Indian journal of veterinary science and animal husbandry - Volume 2,
Year: 1932
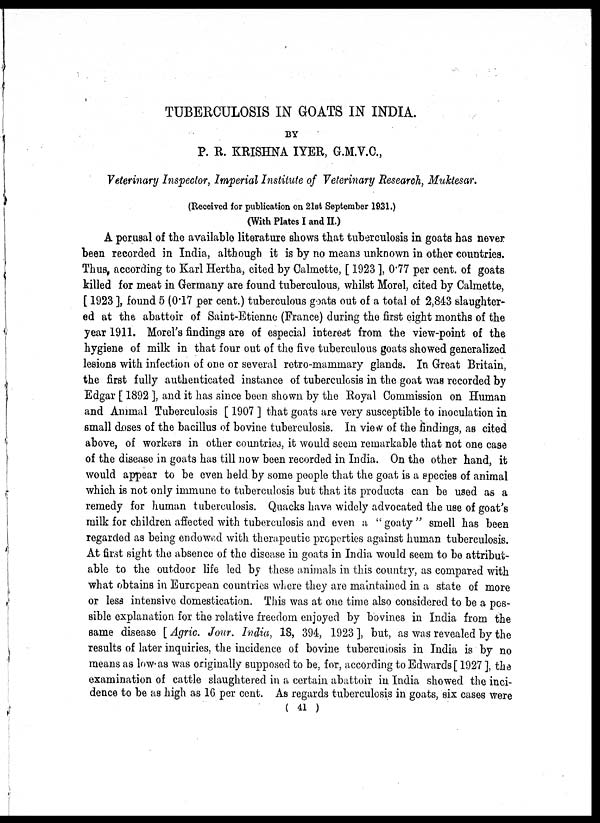
TUBERCULOSIS IN GOATS IN INDIA.
BY
P. R. KRISHNA IYER, G.M.V.C.,
Veterinary Inspector, Imperial Institute of Veterinary Research, Muktesar.
(Received for publication on 21st September 1931.)
(With Plates I and II.)
A perusal of the available literature shows that tuberculosis in goats has never
been recorded in India, although it is by no means unknown in other countries.
Thus, according to Karl Hertha, cited by Calmette, [ 1923 ], 0.77 per cent. of goats
killed for meat in Germany are found tuberculous, whilst Morel, cited by Calmette,
[ 1923 ], found 5 (0.17 per cent.) tuberculous goats out of a total of 2,843 slaughter-
ed at the abattoir of Saint-Etienne (France) during the first eight months of the
year 1911. Morel's findings are of especial interest from the view-point of the
hygiene of milk in that four out of the five tuberculous goats showed generalized
lesions with infection of one or several retro-mammary glands. In Great Britain,
the first fully authenticated instance of tuberculosis in the goat was recorded by
Edgar [ 1892 ], and it has since been shown by the Royal Commission on Human
and Animal Tuberculosis [ 1907 ] that goats are very susceptible to inoculation in
small doses of the bacillus of bovine tuberculosis. In view of the findings, as cited
above, of workers in other countries, it would seem remarkable that not one case
of the disease in goats has till now been recorded in India. On the other hand, it
would appear to be even held by some people that the goat is a species of animal
which is not only immune to tuberculosis but that its products can be used as a
remedy for human tuberculosis. Quacks have widely advocated the use of goat's
milk for children affected with tuberculosis and even a " goaty " smell has been
regarded as being endowed with therapeutic properties against human tuberculosis.
At first sight the absence of the disease in goats in India would seem to be attribut-
able to the outdoor life led by these animals in this country, as compared with
what obtains in European countries where they are maintained in a state of more
or less intensive domestication. This was at one time also considered to be a pos-
sible explanation for the relative freedom enjoyed by bovines in India from the
same disease [ Agric. Jour. India, 18, 394, 1923 ], but, as was revealed by the
results of later inquiries, the incidence of bovine tuberculosis in India is by no
means as low as was originally supposed to be, for, according to Edwards [ 1927 ], the
examination of cattle slaughtered in a certain abattoir in India showed the inci-
dence to be as high as 16 per cent. As regards tuberculosis in goats, six cases were
( 41 )